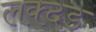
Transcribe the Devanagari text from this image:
लक्दड